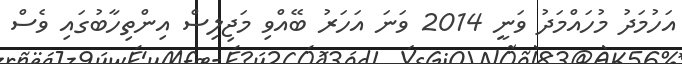
އަހުމަދު މުހައްމަދު ވަނީ 2014 ވަނަ އަހަރު ބޭއްވި މަޖިލިސް އިންތިހާބުގައި ވެސް